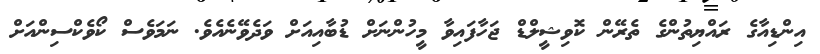
އިންޑިއާގެ ރައްޔިތުންގެ ތެރޭން ކޮވިޝީލްޑް ޖަހާފައިވާ މީހުންނަށް ޑުބާއިއަށް ވަދެވޭނެއެވެ. ނަމަވެސް ކޯވެކްސިންއަށް